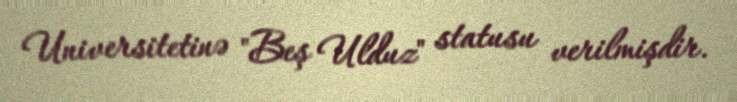
Universitetinə "Beş Ulduz" statusu verilmişdir.